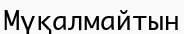
Мүқалмайтын